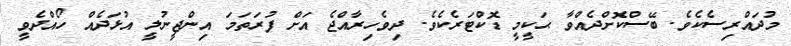
މުދައްރިސެކެވެ. ބޭސްކޮށްދެއްވާ ޙަކީމީ ޑޮކްޓަރެކެވެ. ދިވެހިރާއްޖެ އަށް ފުރަތަމަ އިންޖީނުލީ އުޅަދެއް ހޯއްދެވީ